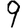
Digit: 9